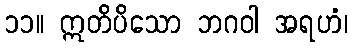
၁၁။ ဣတိပိသော ဘဂဝါ အရဟံ၊